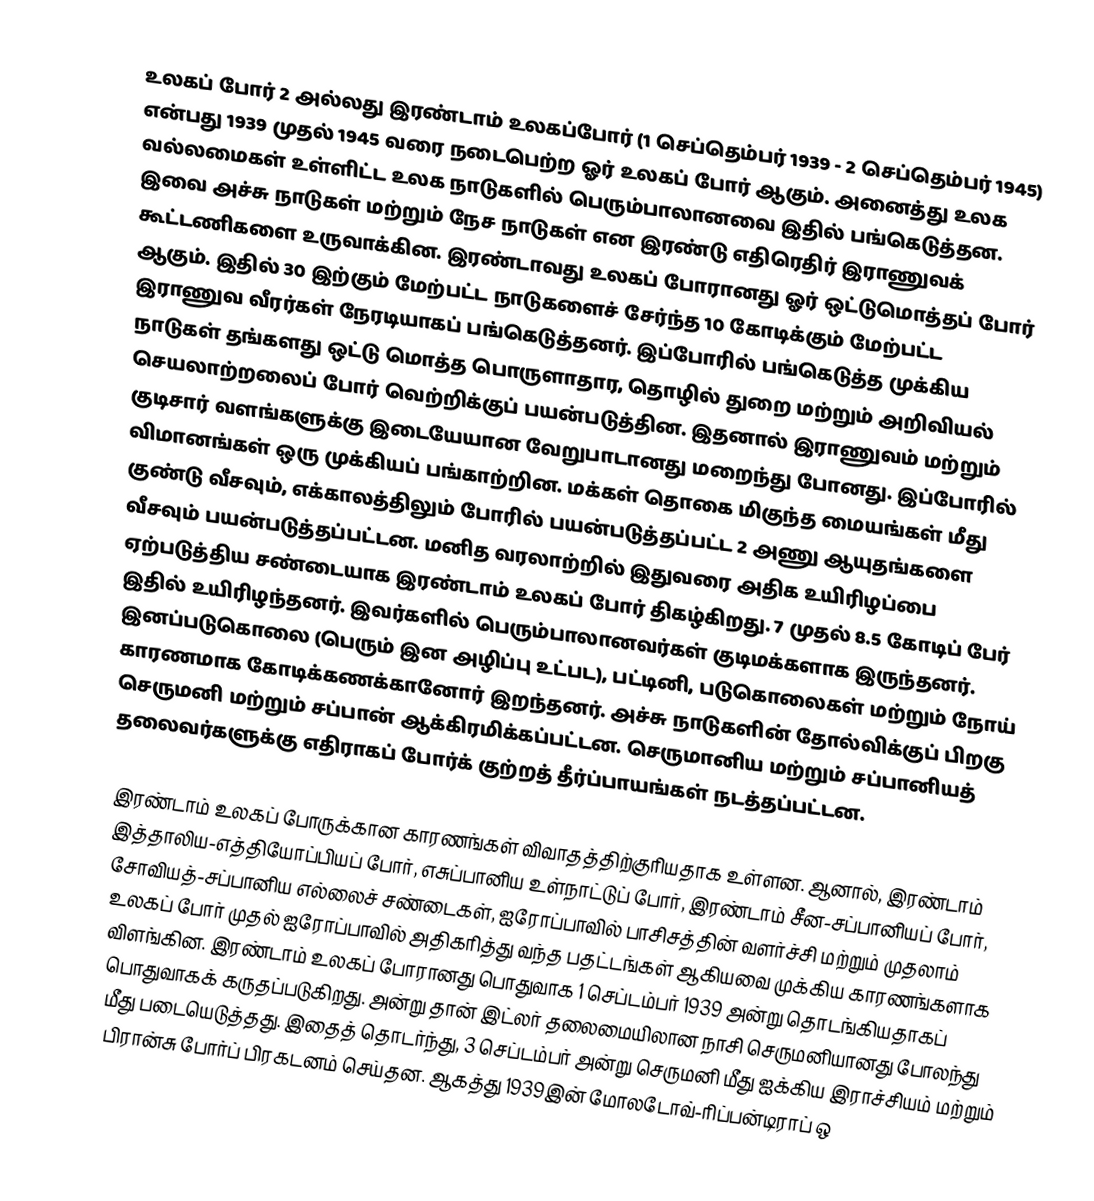
உலகப் போர் 2 அல்லது இரண்டாம் உலகப்போர் (1 செப்தெம்பர் 1939 - 2 செப்தெம்பர் 1945) என்பது 1939 முதல் 1945 வரை நடைபெற்ற ஓர் உலகப் போர் ஆகும். அனைத்து உலக வல்லமைகள் உள்ளிட்ட உலக நாடுகளில் பெரும்பாலானவை இதில் பங்கெடுத்தன. இவை அச்சு நாடுகள் மற்றும் நேச நாடுகள் என இரண்டு எதிரெதிர் இராணுவக் கூட்டணிகளை உருவாக்கின. இரண்டாவது உலகப் போரானது ஓர் ஒட்டுமொத்தப் போர் ஆகும். இதில் 30 இற்கும் மேற்பட்ட நாடுகளைச் சேர்ந்த 10 கோடிக்கும் மேற்பட்ட இராணுவ வீரர்கள் நேரடியாகப் பங்கெடுத்தனர். இப்போரில் பங்கெடுத்த முக்கிய நாடுகள் தங்களது ஒட்டு மொத்த பொருளாதார, தொழில் துறை மற்றும் அறிவியல் செயலாற்றலைப் போர் வெற்றிக்குப் பயன்படுத்தின. இதனால் இராணுவம் மற்றும் குடிசார் வளங்களுக்கு இடையேயான வேறுபாடானது மறைந்து போனது. இப்போரில் விமானங்கள் ஒரு முக்கியப் பங்காற்றின. மக்கள் தொகை மிகுந்த மையங்கள் மீது குண்டு வீசவும், எக்காலத்திலும் போரில்  பயன்படுத்தப்பட்ட 2 அணு ஆயுதங்களை வீசவும் பயன்படுத்தப்பட்டன. மனித வரலாற்றில் இதுவரை அதிக உயிரிழப்பை ஏற்படுத்திய சண்டையாக இரண்டாம் உலகப் போர் திகழ்கிறது. 7 முதல் 8.5 கோடிப் பேர் இதில் உயிரிழந்தனர். இவர்களில் பெரும்பாலானவர்கள் குடிமக்களாக இருந்தனர். இனப்படுகொலை (பெரும் இன அழிப்பு உட்பட), பட்டினி, படுகொலைகள் மற்றும் நோய் காரணமாக கோடிக்கணக்கானோர் இறந்தனர். அச்சு நாடுகளின் தோல்விக்குப் பிறகு செருமனி மற்றும் சப்பான் ஆக்கிரமிக்கப்பட்டன. செருமானிய மற்றும் சப்பானியத் தலைவர்களுக்கு எதிராகப் போர்க் குற்றத் தீர்ப்பாயங்கள் நடத்தப்பட்டன.

இரண்டாம் உலகப் போருக்கான காரணங்கள் விவாதத்திற்குரியதாக உள்ளன. ஆனால், இரண்டாம் இத்தாலிய-எத்தியோப்பியப் போர், எசுப்பானிய உள்நாட்டுப் போர், இரண்டாம் சீன-சப்பானியப் போர், சோவியத்-சப்பானிய எல்லைச் சண்டைகள், ஐரோப்பாவில் பாசிசத்தின் வளர்ச்சி மற்றும் முதலாம் உலகப் போர் முதல் ஐரோப்பாவில் அதிகரித்து வந்த பதட்டங்கள் ஆகியவை முக்கிய காரணங்களாக விளங்கின. இரண்டாம் உலகப் போரானது பொதுவாக 1 செப்டம்பர் 1939 அன்று தொடங்கியதாகப் பொதுவாகக் கருதப்படுகிறது. அன்று தான் இட்லர் தலைமையிலான நாசி செருமனியானது போலந்து மீது படையெடுத்தது. இதைத் தொடர்ந்து, 3 செப்டம்பர் அன்று செருமனி மீது ஐக்கிய இராச்சியம் மற்றும் பிரான்சு போர்ப் பிரகடனம் செய்தன. ஆகத்து 1939இன் மோலடோவ்-ரிப்பன்டிராப் ஒ